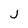
Character: j